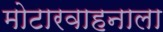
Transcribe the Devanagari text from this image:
मोटारवाहनाला